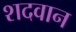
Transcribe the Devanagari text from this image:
शदवान